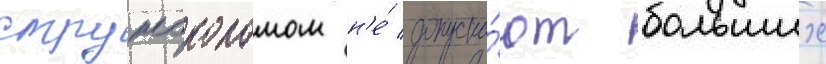
стружоколомом н'е́ допуска́ют больших